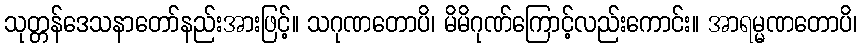
သုတ္တန်ဒေသနာတော်နည်းအားဖြင့်။ သဂုဏတောပိ၊ မိမိဂုဏ်ကြောင့်လည်းကောင်း။ အာရမ္မဏတောပိ၊